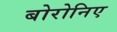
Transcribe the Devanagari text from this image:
बोरोनिए